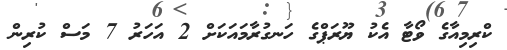
ކްރިމިއާގެ ވޯޓާ އެކު ޔޫރަޕްގެ ހަނގުރާމައަކަށް 2 އަހަރު 7 މަސް ކުރިން